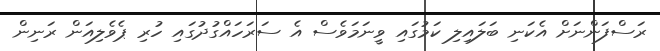
ރަސްފަންނަށް އެކަނި ބަލައިލި ކަމުގައި ވީނަމަވެސް އެ ސަރަހައްގުދުގައި ހުރި ޕެވެލިއަން ރަނިން